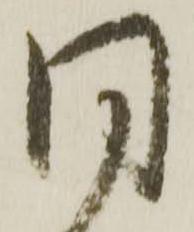
同